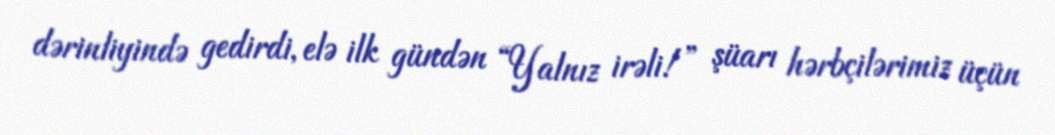
dərinliyində gedirdi, elə ilk gündən “Yalnız irəli!” şüarı hərbçilərimiz üçün